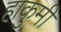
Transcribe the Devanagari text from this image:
हाकुमी